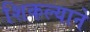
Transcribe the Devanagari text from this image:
शिकल्याने